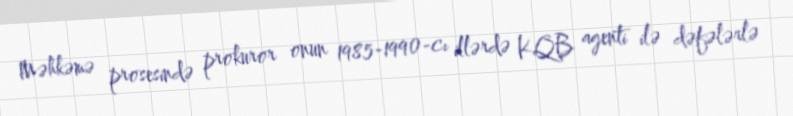
Məhkəmə prosesində prokuror onun 1985-1990-cı illərdə KQB agenti ilə dəfələrlə